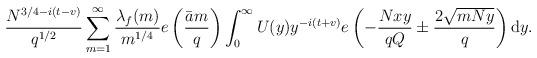
LaTeX: \begin{align*}\frac{N^{3/4-i(t-v)}}{q^{1/2}}\sum_{m=1}^\infty \frac{\lambda_f(m)}{m^{1/4}} e\left(\frac{\bar{a}m}{q}\right) \int_0^\infty U(y) y^{-i(t+v)}e\left(-\frac{Nxy}{qQ}\pm \frac{2\sqrt{mNy}}{q}\right)\mathrm{d}y.\end{align*}